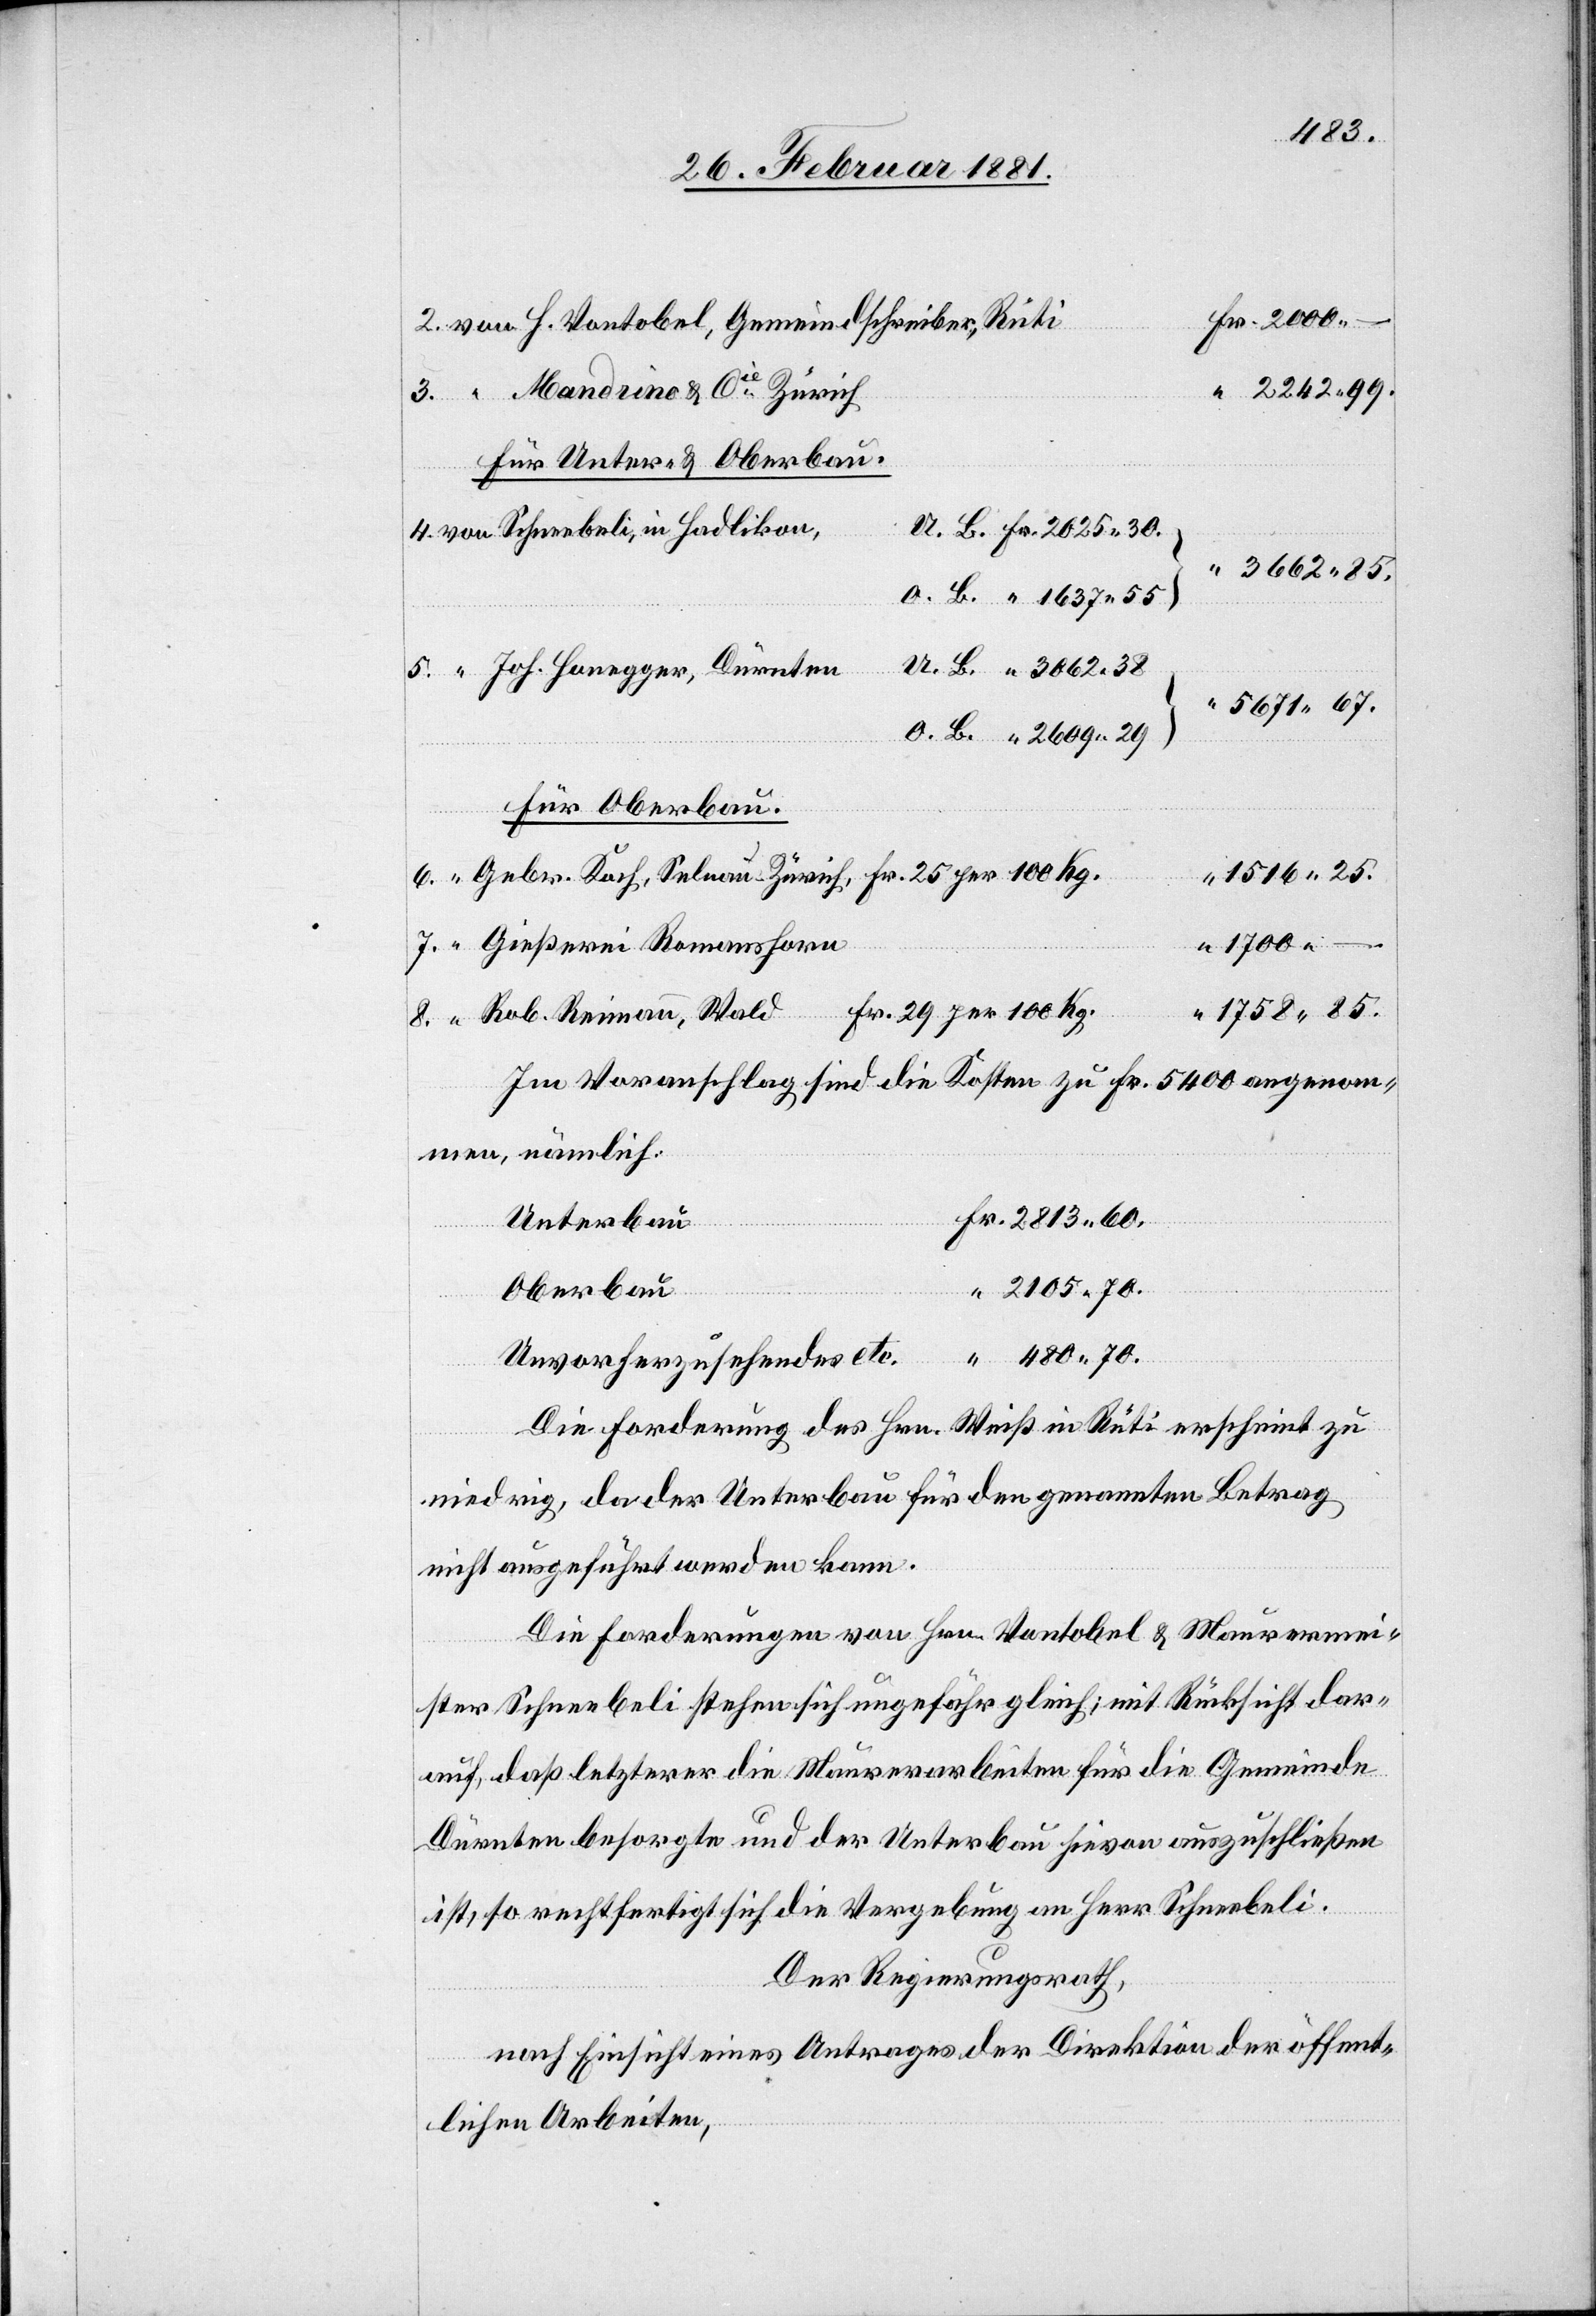
480
2242 99.
Mandrino & Cie Zürich
Für Unter- & Oberbau
3662 85.
Joh. Honegger, Dürnten
5671 67
Für Oberbau.
1516 25.
Gebr. Koch, Selnau - Zürich, Fr. 25 per 100 Kg.
Gießerei Romanshorn
Fr. 29 per 100 Kg.
1758 85.
Rob. Reimann, Wald
Im Voranschlag sind die Kosten zu Fr. 5400 angenom¬
men, nämlich:
Unterbau
2105 70.
Oberbau
70.
Unvorherzusehendes etc.
Die Forderung des Hrn. Weiß in Rüti erscheint zu
niedrig, da der Unterbau für den genannten Betrag
nicht ausgeführt werden kann.
Die Forderung von Hrn. Vontobel & Maurermei¬
ster Schneebeli stehen sich ungefähr gleich; mit Rücksicht dar¬
auf, daß letzterer die Maurerarbeiten für die Gemeinde
Dürnten besorgte und der Unterbau hievon auszuschließen
ist, so rechtfertigt sich die Vergebung an Herr Schneebeli.
Der Regierungsrath,
nach Einsicht eines Antrages der Direktion der öffent¬
lichen Arbeiten,